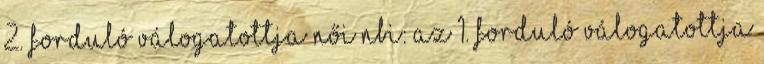
2. forduló válogatottja Női NBI: Az 1. forduló válogatottja